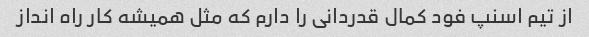
از تیم اسنپ فود کمال قدردانی را دارم که مثل همیشه کار راه انداز